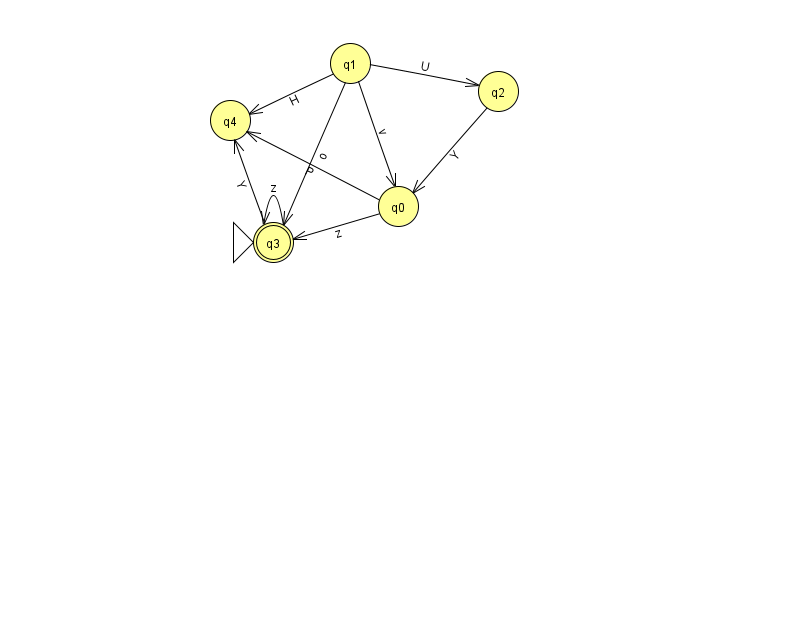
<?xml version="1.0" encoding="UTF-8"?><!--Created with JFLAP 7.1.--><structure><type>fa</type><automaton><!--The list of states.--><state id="0" name="q0"><x>398.0</x><y>193.0</y></state><state id="1" name="q1"><x>350.0</x><y>50.0</y></state><state id="2" name="q2"><x>498.0</x><y>78.0</y></state><state id="3" name="q3"><x>273.0</x><y>229.0</y><initial/><final/></state><state id="4" name="q4"><x>230.0</x><y>107.0</y></state><!--The list of transitions.--><transition><from>1</from><to>0</to><read>v</read></transition><transition><from>2</from><to>0</to><read>Y</read></transition><transition><from>3</from><to>4</to><read>Y</read></transition><transition><from>1</from><to>4</to><read>H</read></transition><transition><from>0</from><to>3</to><read>z</read></transition><transition><from>0</from><to>4</to><read>P</read></transition><transition><from>1</from><to>2</to><read>U</read></transition><transition><from>1</from><to>3</to><read>o</read></transition><transition><from>3</from><to>3</to><read>z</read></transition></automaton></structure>